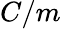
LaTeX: C/m